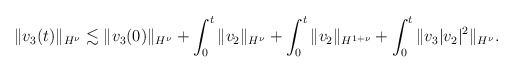
\begin{align*}\begin{aligned}\|v_{3}(t)\|_{H^{\nu}}\lesssim \|v_{3}(0)\|_{H^{\nu}}+\int_{0}^{t}\|v_{2}\|_{H^{\nu}}+\int_{0}^{t}\|v_{2}\|_{H^{1+\nu}}+\int_{0}^{t}\|v_{3}|v_{2}|^{2}\|_{H^{\nu}}.\end{aligned}\end{align*}